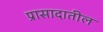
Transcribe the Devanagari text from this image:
प्रासादातील